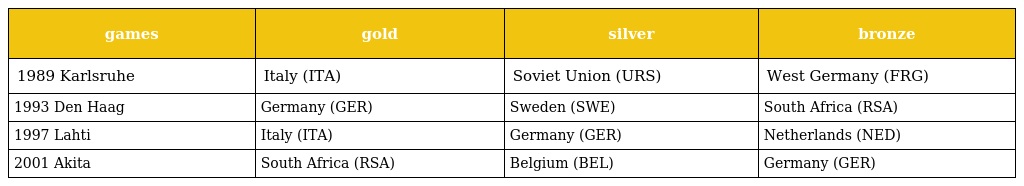
| games | gold | silver | bronze |
 | --- | --- | --- | --- |
 | 1989 Karlsruhe | Italy (ITA) | Soviet Union (URS) | West Germany (FRG) |
 | 1993 Den Haag | Germany (GER) | Sweden (SWE) | South Africa (RSA) |
 | 1997 Lahti | Italy (ITA) | Germany (GER) | Netherlands (NED) |
 | 2001 Akita | South Africa (RSA) | Belgium (BEL) | Germany (GER) |